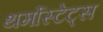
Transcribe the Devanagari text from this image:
थर्मोस्टेट्स